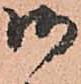
御